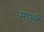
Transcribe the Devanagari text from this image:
माल्टे